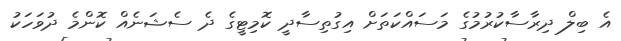
އެ ބިލް ދިރާސާކުރުމުގެ މަސައްކަތަށް އިގުތިސާދީ ކޮމިޓީގެ ދެ ސެޝަނެއް ކޮންމެ ދުވަހަކު